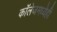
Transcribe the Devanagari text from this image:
काॅलेजमध्येही